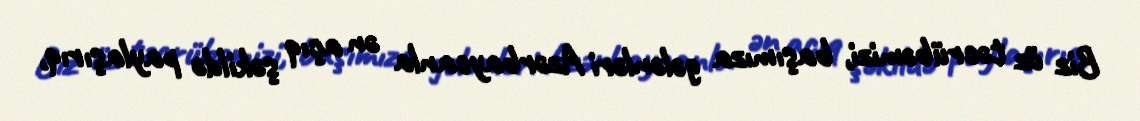
Biz öz təcrübəmizi, başımıza gələnləri Azərbaycanla ən açıq şəkildə paylaşırıq,